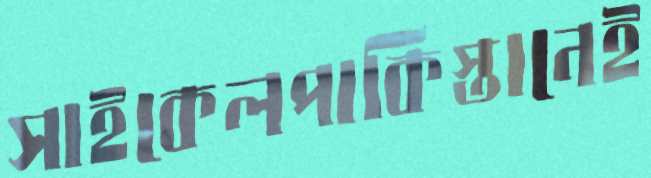
সাইকেলপাকিস্তানেই